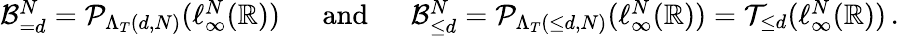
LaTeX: \begin{array}{r}{\mathcal{B}_{=d}^{N}=\mathcal{P}_{\Lambda_{T}(d,N)}(\ell_{\infty}^{N}(\mathbb{R}))\, \, \, \, \, \, \, \, \, \mathrm{and}\, \, \, \, \, \, \, \, \, \mathcal{B}_{\leq d}^{N}=\mathcal{P}_{\Lambda_{T}(\leq d,N)}(\ell_{\infty}^{N}(\mathbb{R}))=\mathcal{T}_{\leq d}(\ell_{\infty}^{N}(\mathbb{R}))\, .}\end{array}